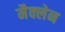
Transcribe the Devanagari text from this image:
मैक्‍लेन